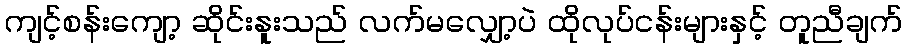
ကျင့်စန်းကျော့ ဆိုင်းနူးသည် လက်မလျှော့ပဲ ထိုလုပ်ငန်းများနှင့် တူညီချက်